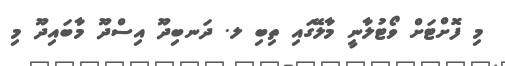
މި ފޮށްޓަށް ވޯޓުލާނީ މާލޭގައި ތިބި ލ. ދަނބިދޫ އިސްދޫ މާބައިދޫ މި